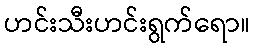
ဟင်းသီးဟင်းရွက်ရော။